Madras plague regulations and rules for district municipalities and other towns and villages
Disease focus: Plague
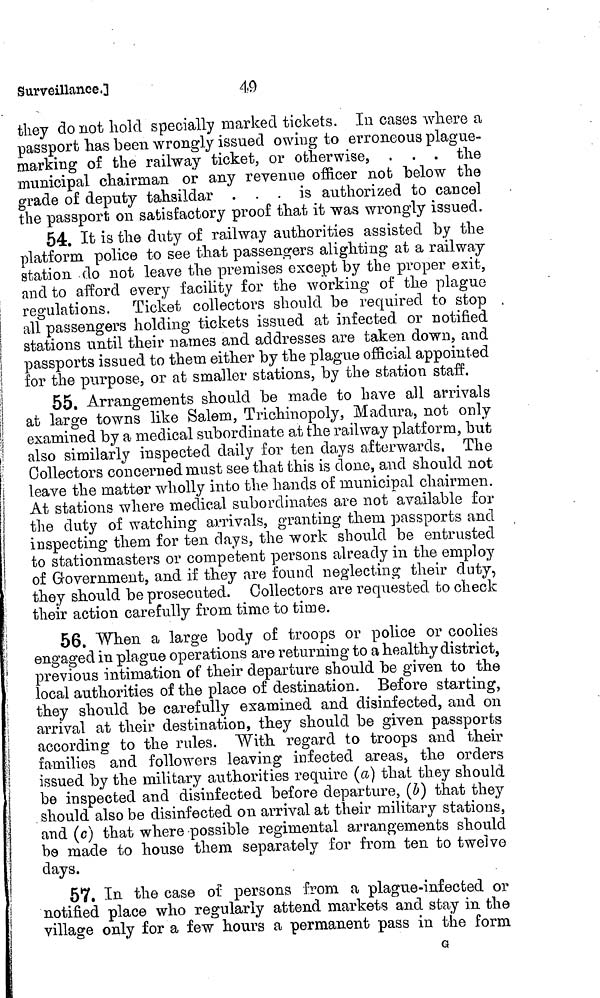
49
Surveillance3
they do not hold specially marked tickets. In cases where a
passport has been wrongly issued owing to erroneous plague-
marking of the railway ticket, or otherwise, . . . the
municipal chairman or any revenue officer not below the
grade of deputy tahsildar . . . is authorized to cancel
the passport on satisfactory proof that it was wrongly issued.
54. It is the duty of railway authorities assisted by the
platform police to see that passengers alighting at a railway
station do not leave the premises except by the proper exit,
and to afford every facility for the working of the plague
regulations. Ticket collectors should be required to stop .
all passengers holding tickets issued at infected or notified
stations until their names and addresses are taken down, and
passports issued to them either by the plague official appointed
for the purpose, or at smaller stations, by the station staff.
55. Arrangements should be made to have all arrivals
at large towns like Salem, Trichinopoly, Madura, not only
examined by a medical subordinate at the railway platform, but
also similarly inspected daily for ten days afterwards, The
Collectors concerned must see that this is done, and should not
leave the matter wholly into the hands of municipal chairmen.
At stations where medical subordinates are not available for
the duty of watching arrivals, granting them passports and
inspecting them for ten days, the work should be entrusted
to Stationmasters or competent persons already in the employ
of Government, and if they are found neglecting their duty,
they should be prosecuted. Collectors are requested to check
their action carefully from time to time.
56. When a large body of troops or police or coolies
engaged in plague operations are returning to a healthy district,
previous intimation of their departure should be given to the
local authorities of the place of destination. Before starting,
they should be carefully examined and disinfected, and on
arrival at their destination, they should be given passports
according to the rules. With regard to troops and their
families and followers leaving infected areas, the orders
issued by the military authorities require (a) that they should
I
be inspected and disinfected before departure, (b) that they
should also be disinfected on arrival at their military stations,
and (c) that where possible regimental arrangements should
be made to house them separately for from ten to twelve
days.
57. In the case of persons from a plague-infected or
notified place who regularly attend markets and stay in the
village only for a few hours a permanent pass in the form
G